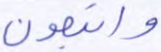
واتبعون